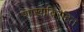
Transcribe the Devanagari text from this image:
शाखाविरहित